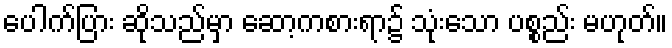
ပေါက်ပြား ဆိုသည်မှာ ဆော့ကစားရာ၌ သုံးသော ပစ္စည်း မဟုတ်။